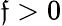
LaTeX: \mathfrak{f}>0